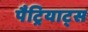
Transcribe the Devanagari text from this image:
पैट्रियाट्स